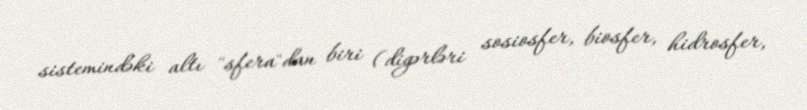
sistemindəki altı "sfera"dan biri (digərləri sosiosfer, biosfer, hidrosfer,